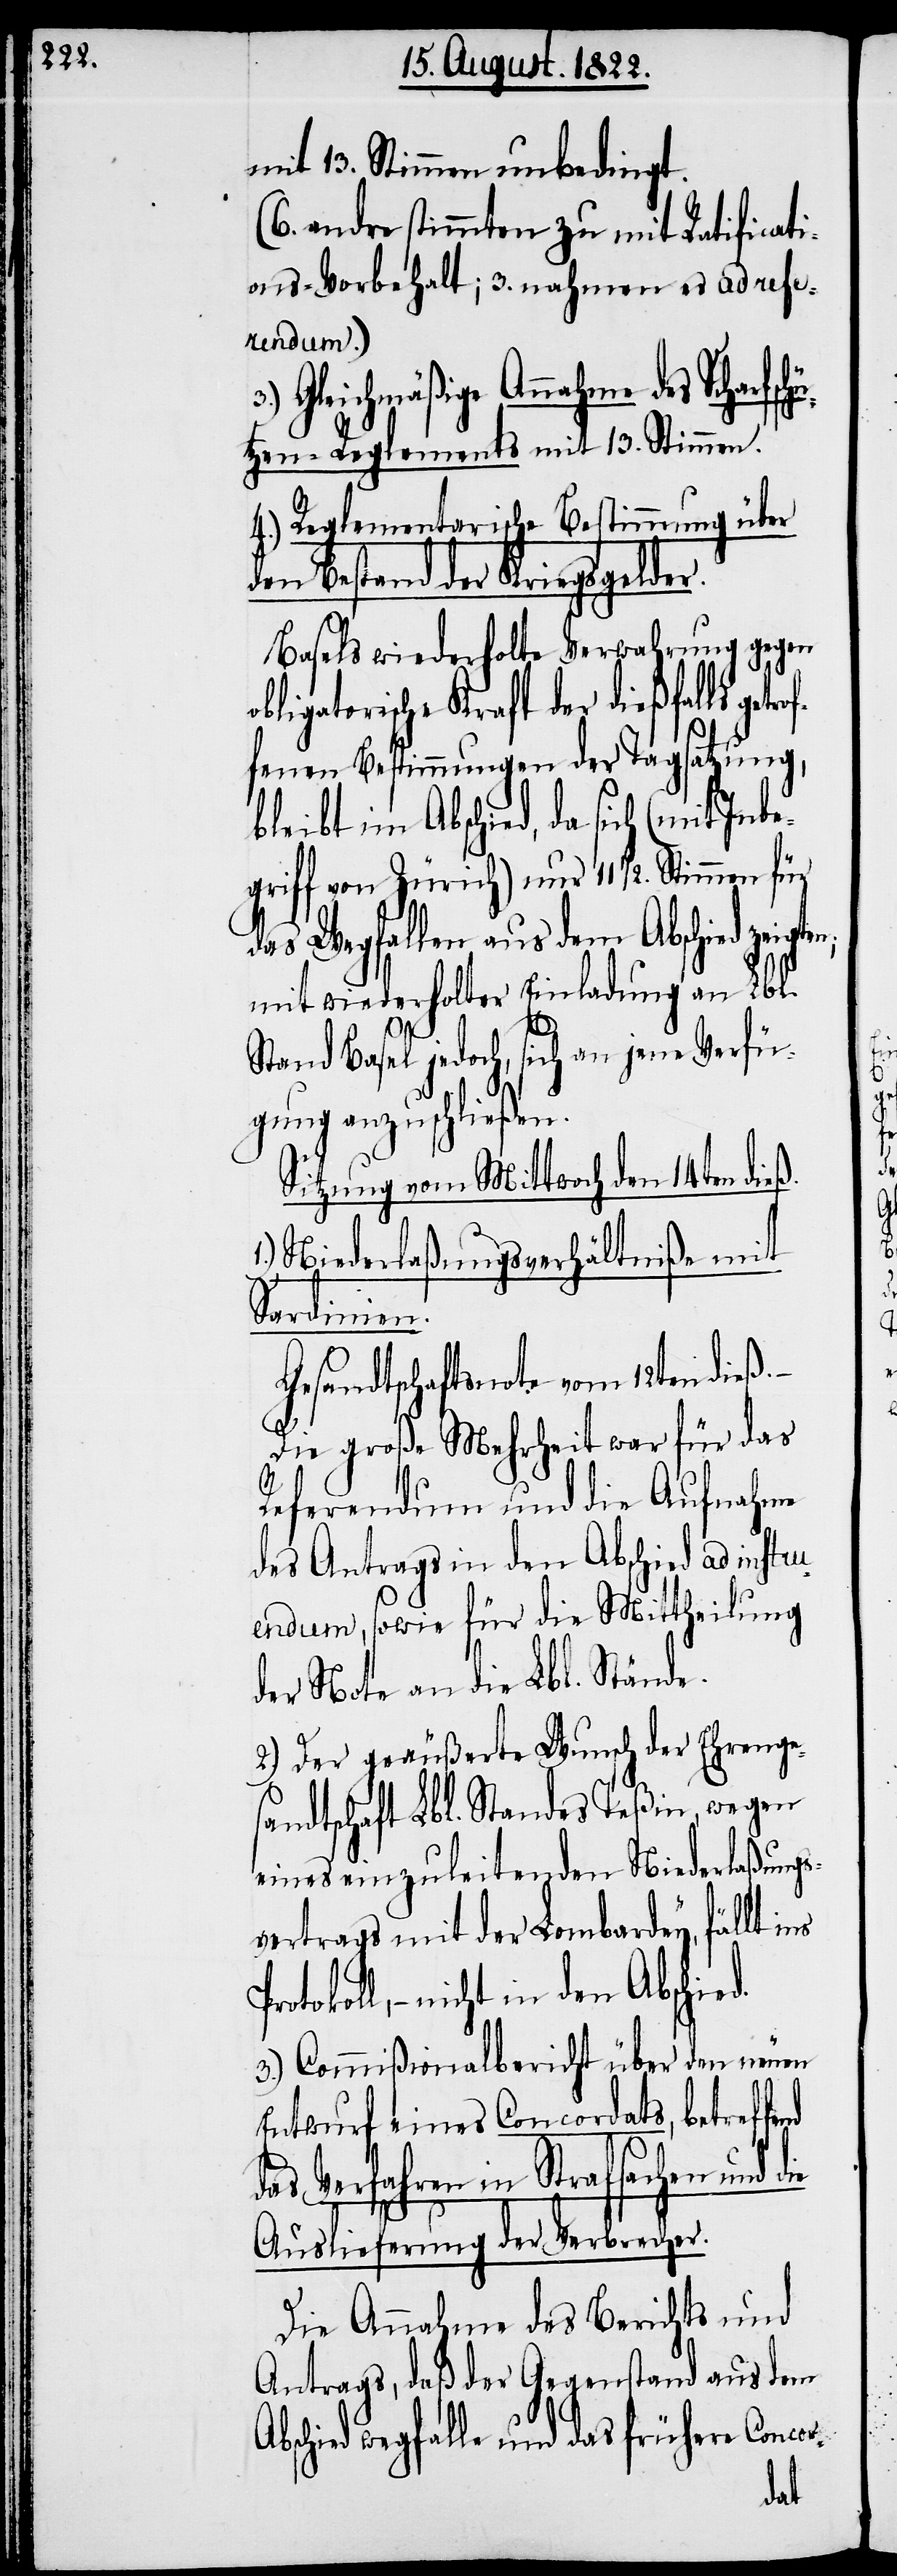
mit 13. Stimmen unbedingt.
(6. andre stimmten zu mit Ratificati¬
ons-Vorbehalt; 3. nahmen es ad refe¬
rendum.)
Gleichmäßige Annahme des Scharfsch¬
ützen-Reglements mit 13. Stimmen.
4.) Reglementarische Bestimmung über
den Bestand der Kriegsgelder.
Basels wiederholte Verwahrung gegen
igatorische Kraft der dießfalls ge¬
fenen Bestimmungen der Tagsatzung,
bleibt im Abschied, da sich (mit Inb¬
egriff von Zürich) nur 11 ½. Stimmen für
das Wegfallen aus dem Abschied
mit wiederholter Einladung an Lbl.
Basel jedoch, sich an jene Verfü¬
gung anzuschließen.
Sitzung vom Mittwoch den 14ten dieß.
1.) Niederlaßungsverhältniß mit
Sardinien.
Gesandtschaftsnote vom 12ten dieß.
Die Große Mehrheit war für das
Referendum und die Aufnahme
des Antrags in den Abschied ad instru¬
endum, sowie für die Mittheilung
der Note an die Lbl. Stände.
2.) Der geäußerte Wunsch der Ehrenges¬
andtschaft Lbl. Standes Teßin, wegen
eines einzuleitenden Niederlaßungs¬
vertrags mit der Lombardey, fällt
tokoll, – nicht in den Abschie¬
3.) Commißionalbericht über den neuen
Entwurf eines Concordats, betreffe¬
das Verfahren in Strafsachen und
Auslieferung der Verbrecher.
Die Annahme des Berichts und
Antrags, daß der Gegenstand aus dem
Abschied wegfalle und das frühere Concor-
die